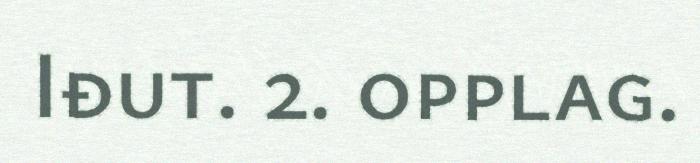
Iđut. 2. opplag.